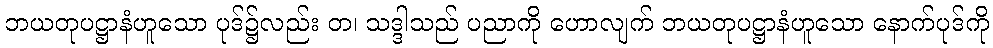
ဘယတုပဋ္ဌာနံဟူသော ပုဒ်၌လည်း တ၊ သဒ္ဒါသည် ပညာကို ဟောလျက် ဘယတုပဋ္ဌာနံဟူသော နောက်ပုဒ်ကို